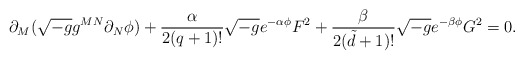
\begin{align*}\partial _{M}(\sqrt{-g}g^{MN}\partial _{N }\phi ) + \frac{\alpha}{2(q+1)!}\sqrt{-g}e^{-\alpha \phi}F^{2}+ \frac{\beta }{2({\tilde d}+1)!}\sqrt{-g}e^{-\beta \phi}G^{2}=0. \end{align*}